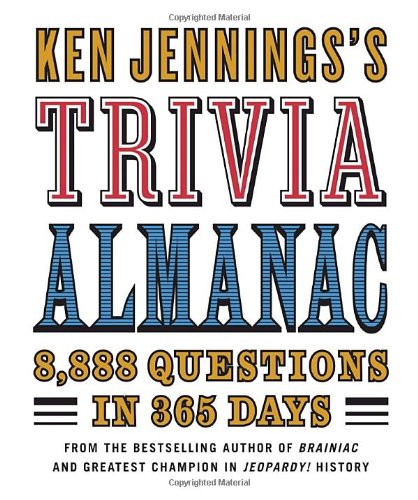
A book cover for Ken Jennings's Trivia Almanac: 8,888 Questions in 365 Days; Ken Jennings; Humor & Entertainment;